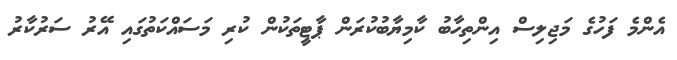
އެންމެ ފަހުގެ މަޖިލިސް އިންތިހާބު ކާމިޔާބުކުރަން ޕާޓީތަކުން ކުރި މަސައްކަތުގައި އޭރު ސަރުކާރު